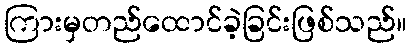
ကြားမှတည်ထောင်ခဲ့ခြင်းဖြစ်သည်။